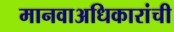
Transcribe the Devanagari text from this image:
मानवाअधिकारांची